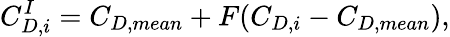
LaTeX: C_{D,i}^{I}=C_{D,mean}+F(C_{D,i}-C_{D,mean}),